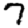
Digit: 7